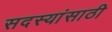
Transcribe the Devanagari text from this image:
सदस्यांसाठी